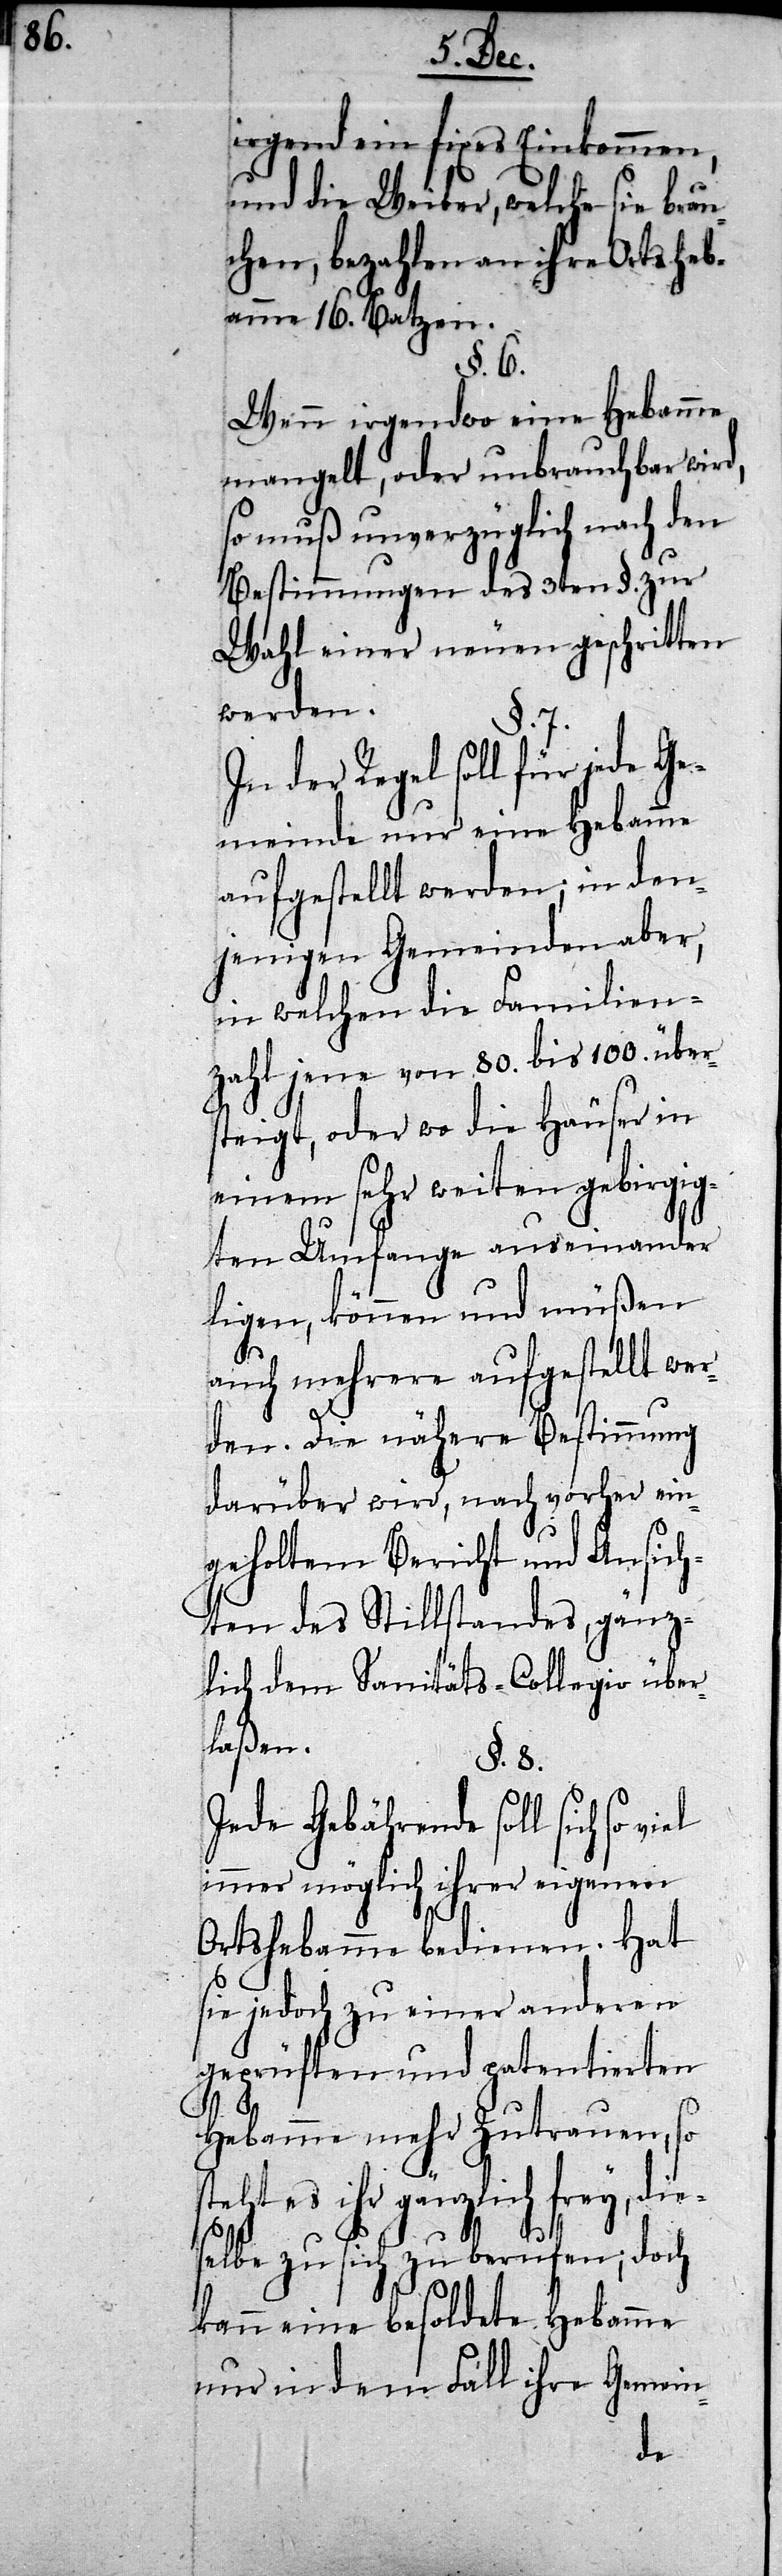
irgend ein fixes Einkommen,
und die Weiber, welche sie brau¬
chen, bezahlen an ihre Ortsheb¬
amme 16. Batzen.
§. 6.
Wenn irgendwo eine Hebamme
mangelt, oder unbrauchbar wird,
so muß unverzüglich nach den
Bestimmungen des 3ten §. zur
Wahl einer neuen geschritten
werden.
§. 7.
In der Regel soll für jede Ge¬
meinde nur eine Hebamme
aufgestellt werden; in den¬
jenigen Gemeinden aber,
in welchen die Familien¬
zahl jene von 80. bis 100. über¬
steigt, oder wo die Häuser in
einem sehr weiten gebirgig¬
ten Umfange auseinander
ligen, können und müßen
auch mehrere aufgestellt wer¬
den. Die nähere Bestimmung
darüber wird, nach vorher ein¬
geholtem Bericht und Ansich¬
ten des Stillstandes, gänz¬
lich dem Sanitäts-Collegio über¬
laßen.
§. 8.
Jede Gebährende soll sich so
immer möglich ihrer eigenen
Ortshebamme bedienen. Hat
sie jedoch zu einer anderen
geprüften und patentierten
Hebamme mehr Zutrauen, so
steht es ihr gänzlich frey, die¬
selbe zu sich zu berufen; doch
kann eine besoldete Hebamme
nur in dem Fall ihre Gemein-